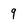
Character: 9